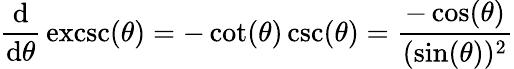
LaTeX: {\frac{\mathrm{d}}{\mathrm{d}\theta}}\operatorname{excsc}(\theta)=-\cot(\theta)\csc(\theta)={\frac{-\cos(\theta)}{(\sin(\theta))^{2}}}